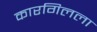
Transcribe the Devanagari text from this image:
कारगिलला